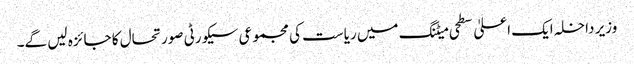
وزیر داخلہ ایک اعلیٰ سطحی میٹنگ میں ریاست کی مجموعی سیکورٹی صورتحال کا جائزہ لیں گے۔